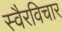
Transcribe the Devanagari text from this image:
स्वैरविचार